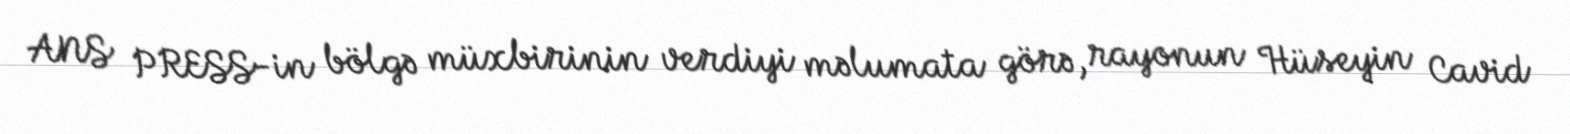
ANS PRESS-in bölgə müxbirinin verdiyi məlumata görə, rayonun Hüseyin Cavid